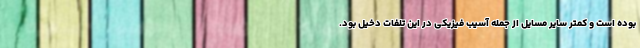
بوده است و کمتر سایر مسایل از جمله آسیب فیزیکی در این تلفات دخیل بود.